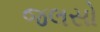
જલસો